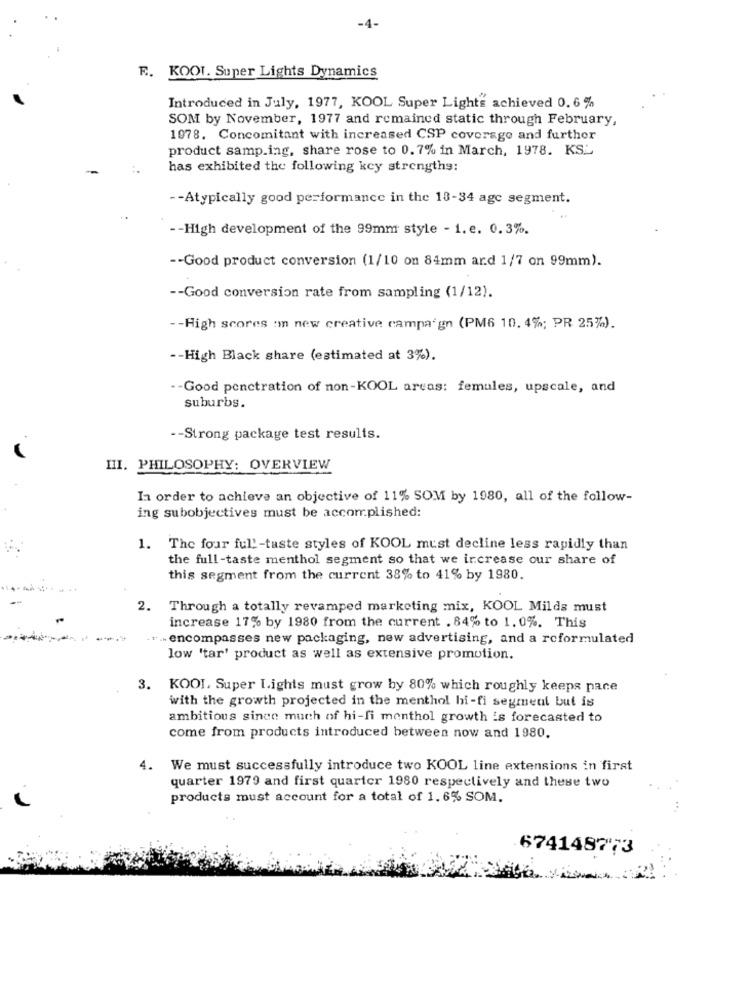
-4-
F. KOOL. Super Lights Dynamics
Introduced in July, 1977, KOOL Super Lights achieved 0. 6%
SOM by November, 1977 and remained static through February,
1978. Concomitant with increased CSP coverage and further
product samp.ing, share rose to 0.7% in March, 1978. KS.
has exhibited the following key strengths:
-- Atypically good performance in the 13-34 age segment.
-- High development of the 99mm style - 1.e. 0.3%.
-- Good product conversion (1/10 on 84mm ard 1/7 on 99mm).
-- Good conversion rate from sampling (1/12).
-- High scores on new creative campaign (PM6 10. 4%; PR 25%%).
-- High Black share (estimated at 3%).
-- Good penetration of non-KOOL areas: females, upscale, and
suburbs.
-- Strong package test results.
III. PHILOSOPHY: OVERVIEW
In order to achieve an objective of 11% SOM by 1980, all of the follow-
ing subobjectives must be accomplished:
1. The four ful !- taste styles of KOOL must decline less rapidly than
the full-taste menthol segment so that we increase our share of
this segment from the current 38% to 41% by 1980.
2.
Through a totally revamped marketing mix, KOOL Milds must
increase 17% by 1980 from the current . 84% to 1. 0%. This
.. encompasses new packaging, new advertising, and a reformulated
low 'tar' product as well as extensive promotion.
3. KOOL, Super Lights must grow by 80% which roughly keeps pace
with the growth projected in the menthol hi-fi segment but is
ambitious since much of hi-fi menthol growth is forecasted to
come from products introduced between now and 1980.
4.
We must successfully introduce two KOOL line extensions in first
quarter 1979 and first quarter 1980 respectively and these two
products must account for a total of 1. 6% SOM.
674148773